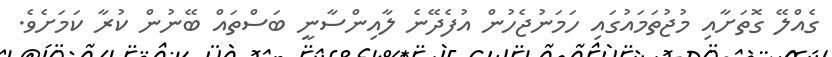
ގެއްލޭ ގޮތަށާއި މުޖުތަމައުގައި ހަމަނުޖެހުން އުފެދޭނެ ލާއިންސާނީ ބަސްތައް ބޭނުން ކުރާ ކަމަށެވެ.